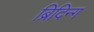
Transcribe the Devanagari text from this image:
ब्रिदिन्ग